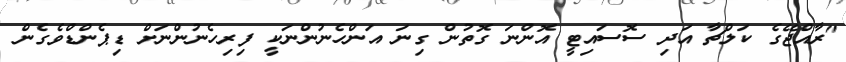
"ރާއްޖޭގެ ކަލްޗާ އަދި ސޮސައިޓީ އޮންނަ ގޮތުން ގިނަ އަންހެނުންނަކީ ފިރިހެނުންނަށް ޑިޕެންޑްވެގެން